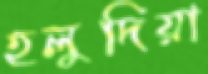
হলুদিয়া